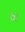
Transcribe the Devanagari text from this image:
रँगों